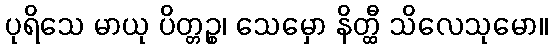
ပုရိသေ မာယု ပိတ္တဉ္စ၊ သေမှော နိတ္ထီ သိလေသုမော။